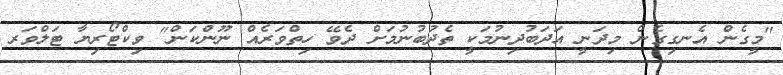
"މީގެން އެނގިގެން މިދަނީ އަދަބުދިނުމަކީ ތެދުބުނުމަށް ދެވޭ ހިތްވަރެއް ނޫންކަން" ވިކްޓޯރިޔާ ޓަލްވަރ